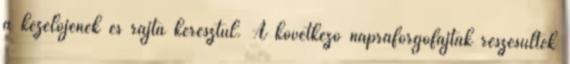
a kezelőjének és rajta keresztül. A következő napraforgófajták részesültek